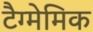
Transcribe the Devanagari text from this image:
टैग्मेमिक